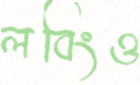
লবিংও